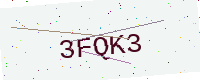
Text: 3FQK3